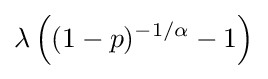
\lambda \left((1-p)^{-1/\alpha }-1\right)